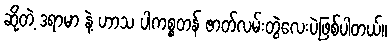
ဆိုတဲ့ ဒရာမာ နဲ့ ဟာသ ပါကစ္စတန် ဇာတ်လမ်းတွဲလေးပဲဖြစ်ပါတယ်။